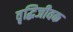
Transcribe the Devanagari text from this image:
वृद्धिजीवक